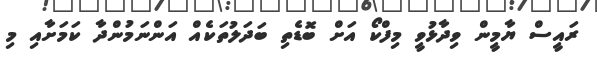
ރައީސް ޔާމީން ވިދާޅުވީ މިފްކޯ އަށް ބޮޑެތި ބަދަލުތަކެއް އަންނަމުންދާ ކަމަށާއި މި